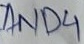
Text: AND4